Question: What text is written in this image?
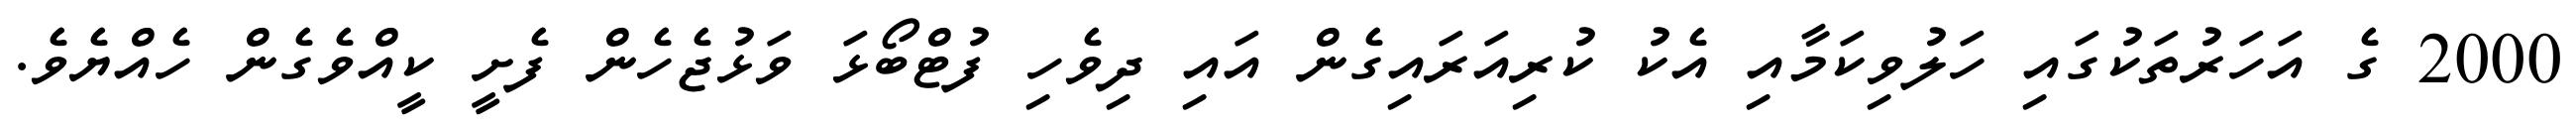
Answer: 2000 ގެ އަހަރުތަކުގައި ހަލުވިކަމާއި އެކު ކުރިއަރައިގެން އައި ދިވެހި ފުޓްބޯޅަ ވަޅުޖެހެން ފެށީ ކީއްވެގެން ހެއްޔެވެ.